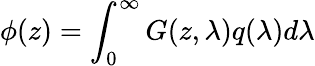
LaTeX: \phi(z)=\int_{0}^{\infty}G(z,\lambda)q(\lambda)d\lambda